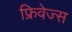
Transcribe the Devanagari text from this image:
फ्रिवेज्स